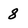
Character: 8